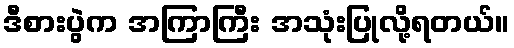
ဒီစားပွဲက အကြာကြီး အသုံးပြုလို့ရတယ်။